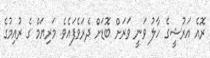
ރޮއެ އަރުޝީގެ ހާލު ވަނީ ވަރަށް ބޮޑަށް ދެރަވެފައެވެ. މަރިޔަމް ގެ ރުއިމުުގެ